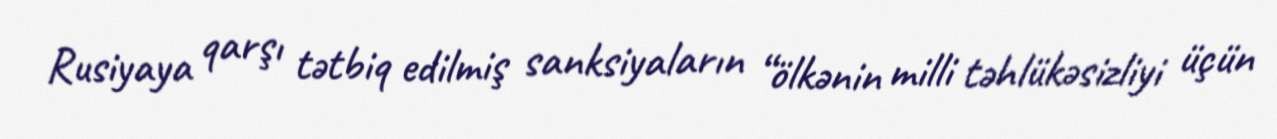
Rusiyaya qarşı tətbiq edilmiş sanksiyaların “ölkənin milli təhlükəsizliyi üçün